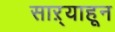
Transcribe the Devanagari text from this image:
साऱ्याहून